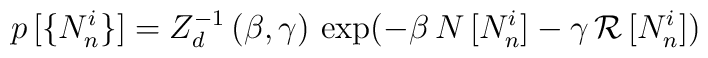
p \, [\{ N_n^i \}] = Z_d^{-1} \, (\beta , \gamma) \, \exp (-\beta \, N\, [N_n^i] - \gamma \, {\cal R} \, [N_n^i])